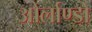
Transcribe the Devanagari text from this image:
ओर्लाण्डो